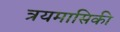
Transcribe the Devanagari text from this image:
त्रयमासिकी